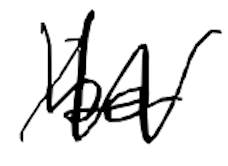
Text: be
Cross-out: zig-zag
Writing tool: digital_black